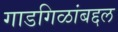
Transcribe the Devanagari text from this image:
गाडगिळांबद्दल